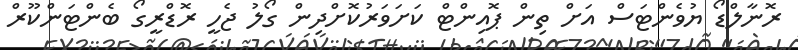
ރޮނާލްޑޯ ޔުވެންޓަސް އަށް ތިން ޕޮއިންޓް ކަށަވަރުކޮށްދިން ގޯލު ޖެހީ ރޮޑްރީގޯ ބެންޓަންކޫރް